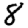
Digit: 8